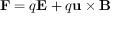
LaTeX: \mathbf { F } = q \mathbf { E } + q \mathbf { u } \times \mathbf { B }